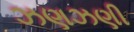
ઝણઝણી